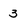
Character: 3